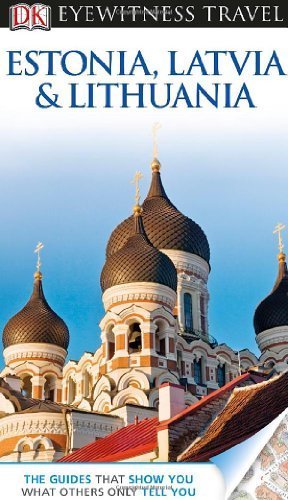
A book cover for DK Eyewitness Travel Guide: Estonia, Latvia, and Lithuania Paperback May 20, 2013; John Oates Howard Jarvis; Travel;